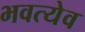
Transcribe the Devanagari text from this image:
भवत्येव